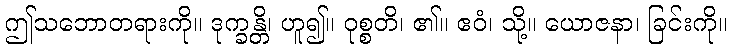
ဤသဘောတရားကို။ ဒုက္ခန္တိ၊ ဟူ၍။ ဝုစ္စတိ၊ ၏။ ဧဝံ၊ သို့။ ယောဇနာ၊ ခြင်းကို။